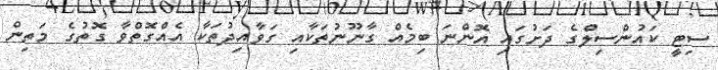
ސިޓީ ކައުންސިލްގެ ދަށުގައި އޮންނަ ބިމެއް ގާނޫނުތަކާއި ގަވާއިދުތަކާ އެއްގޮތްވާ ގޮތުގެ މަތިން